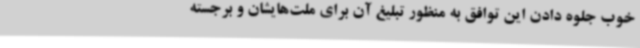
خوب جلوه دادن این توافق به منظور تبلیغ آن برای ملت‌هایشان و برجسته